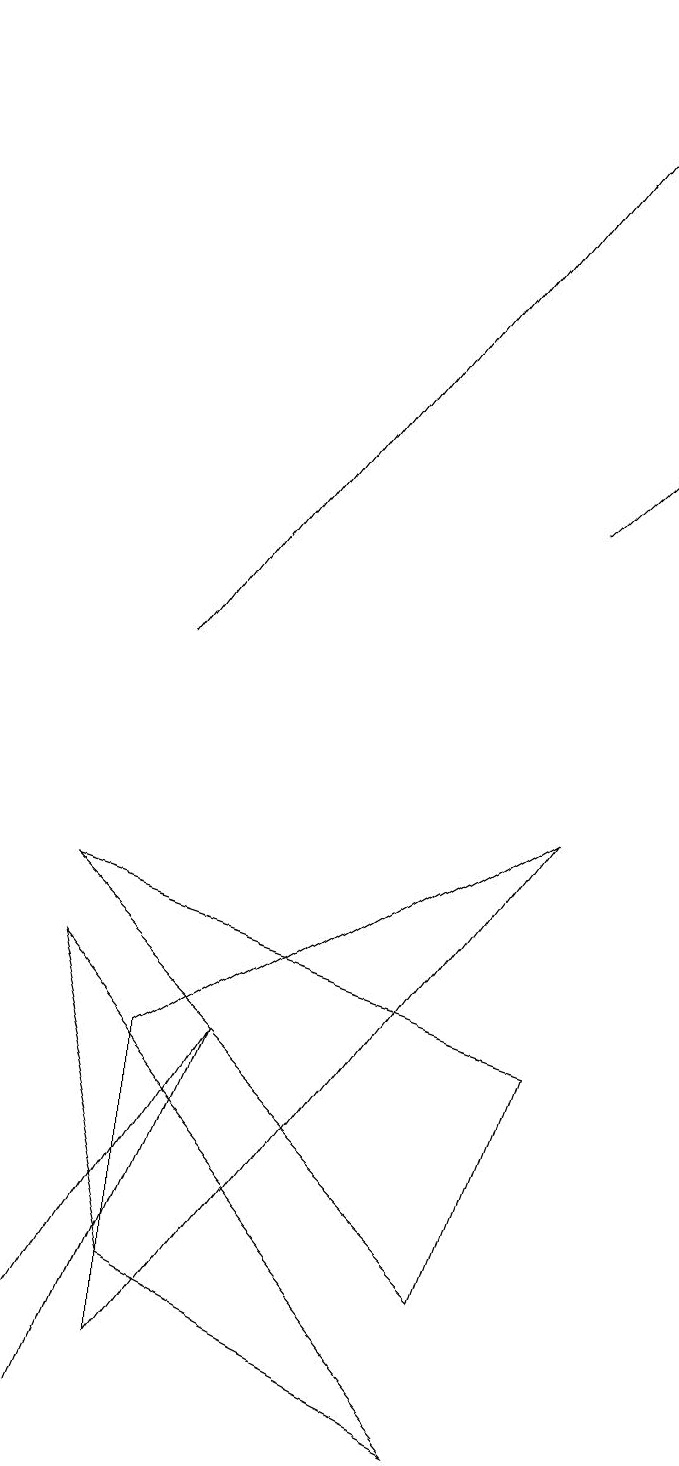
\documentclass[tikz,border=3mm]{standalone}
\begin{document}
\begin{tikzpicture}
\draw[->] (2,11) -- (8,19);
\draw (7,6) -- (1,8) -- (6,3) -- cycle;
\draw[->] (7,13) -- (8,14);
\draw (6,1) -- (1,7) -- (2,3) -- cycle;
\draw (1,1) -- (0,1) -- (3,6) -- cycle;
\draw (2,6) -- (7,9) -- (2,2) -- cycle;
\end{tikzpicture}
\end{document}